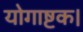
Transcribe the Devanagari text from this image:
योगाष्टक।